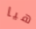
هيا